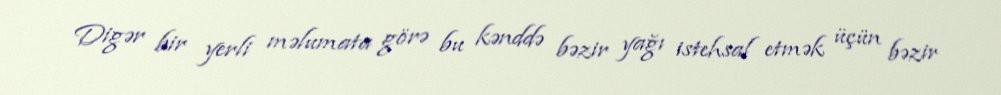
Digər bir yerli məlumata görə bu kənddə bəzir yağı istehsal etmək üçün bəzir